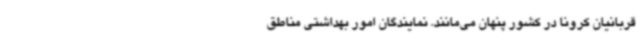
قربانیان کرونا در کشور پنهان می‌مانند. نمایندگان امور بهداشتی مناطق